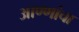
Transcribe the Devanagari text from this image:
आण्णांचा